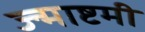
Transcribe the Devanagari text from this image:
ज्न्माष्टमी